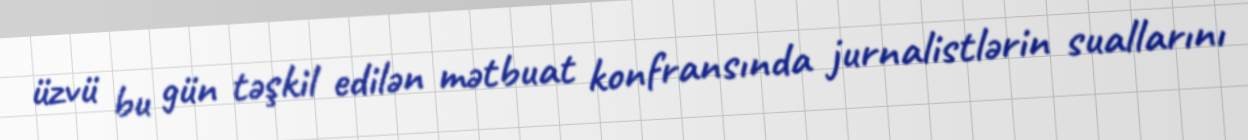
üzvü bu gün təşkil edilən mətbuat konfransında jurnalistlərin suallarını